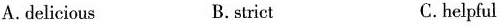
A.delicious B. strict C.helpful